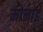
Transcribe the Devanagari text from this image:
मोमाई